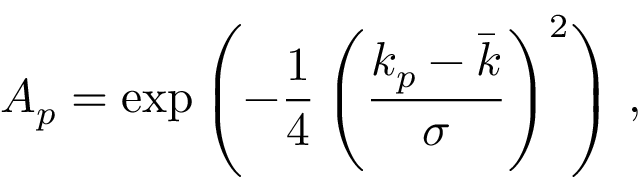
A _ { p } = \exp \left( - \frac { 1 } { 4 } \left( \frac { k _ { p } - \bar { k } } { \sigma } \right) ^ { 2 } \right) \, ,